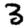
Digit: 3